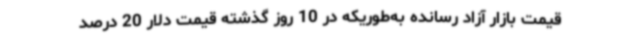
قیمت بازار آزاد رسانده به‌طوریکه در 10 روز گذشته قیمت دلار 20 درصد